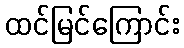
ထင်မြင်ကြောင်း